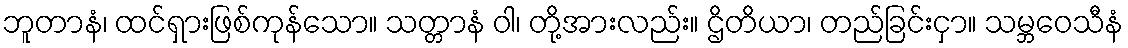
ဘူတာနံ၊ ထင်ရှားဖြစ်ကုန်သော။ သတ္တာနံ ဝါ၊ တို့အားလည်း။ ဌိတိယာ၊ တည်ခြင်းငှာ။ သမ္ဘဝေသီနံ